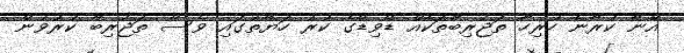
އޭނާ ކުރާނެ ހުރިހާ ތަޖުރިބާތަކެއް ޑޭވިޑްގެ ކުރު ހަޔާތުގައި ވެސް ތަޖުރިބާ ކުރުވުން